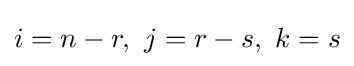
i=n-r,~j=r-s,~k=s